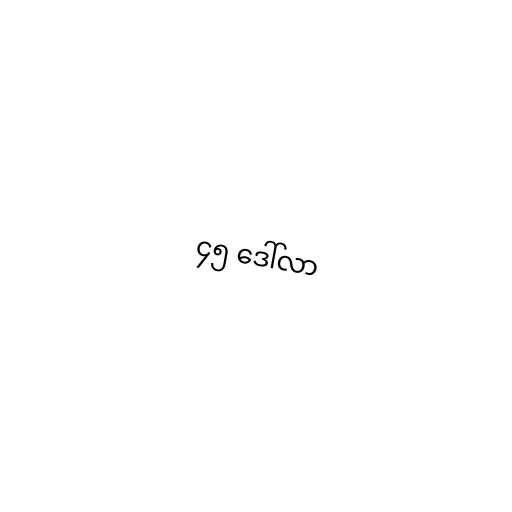
၄၅ ဒေါ်လာ